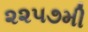
૨૨૫૭મી